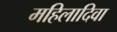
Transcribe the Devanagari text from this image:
महिलादिवा